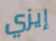
إيزي